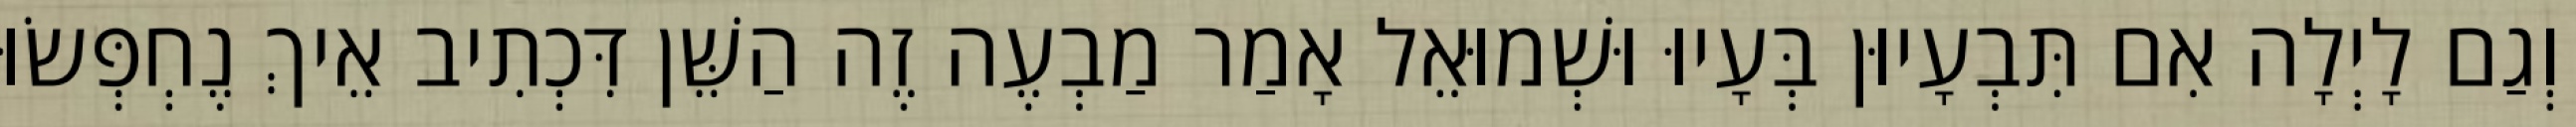
וְגַם לָיְלָה אִם תִּבְעָיוּן בְּעָיוּ וּשְׁמוּאֵל אָמַר מַבְעֶה זֶה הַשֵּׁן דִּכְתִיב אֵיךְ נֶחְפְּשׂוּ